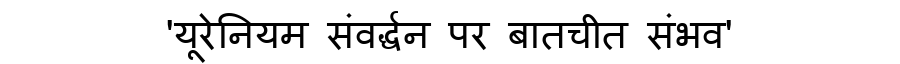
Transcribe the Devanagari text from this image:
'यूरेनियम संवर्द्धन पर बातचीत संभव'